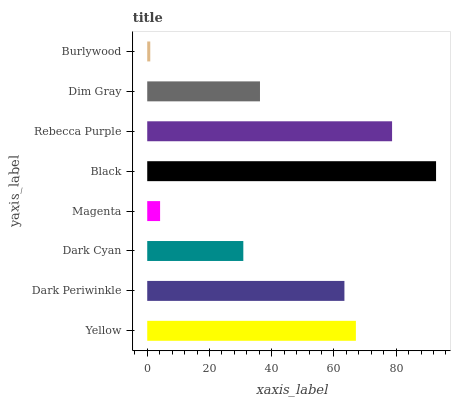
| yaxis_label | bars |
 | --- | --- |
 | Yellow | 67.1 |
 | Dark Periwinkle | 63.4 |
 | Dark Cyan | 30.9 |
 | Magenta | 4.14 |
 | Black | 92.8 |
 | Rebecca Purple | 78.7 |
 | Dim Gray | 36.2 |
 | Burlywood | 0.976 |